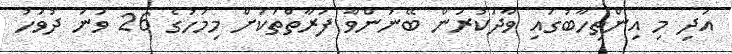
އަދި މި އިންތިހާބުގައި ވާދަކުރަން ބޭނުންވާ ފަރާތްތަކަށް މިމަހުގެ 26 ވަނަ ދުވަހު